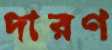
দারণ